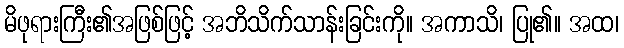
မိဖုရားကြီး၏အဖြစ်ဖြင့် အဘိသိက်သာန်းခြင်းကို။ အကာသိ၊ ပြု၏။ အထ၊